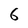
Character: 6